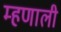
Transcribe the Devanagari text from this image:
म्‍हणाली